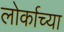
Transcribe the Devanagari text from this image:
लोर्काच्या